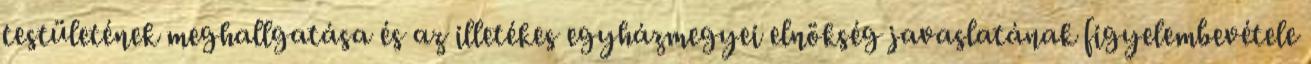
testületének meghallgatása és az illetékes egyházmegyei elnökség javaslatának figyelembevétele